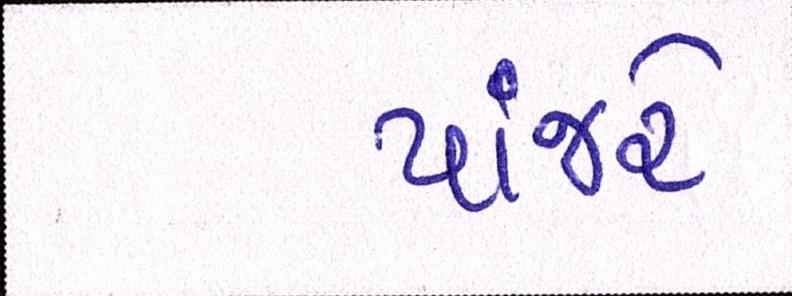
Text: પાંજરે